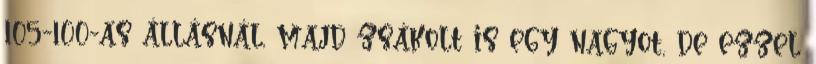
105-100-as állásnál, majd zsákolt is egy nagyot, de ezzel